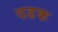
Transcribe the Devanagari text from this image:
दडक